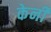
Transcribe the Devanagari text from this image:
केर्नी